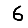
Digit: 6